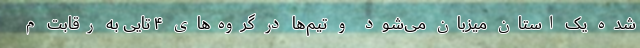
شده یک استان میزبان می‌شود و تیم‌ها در گروه‌های ۴ تایی به رقابت م